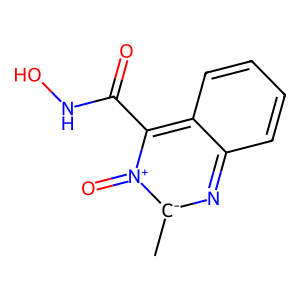
SMILES: C[c-]1nc2ccccc2c(C(=O)NO)[n+]1=O
Inhibits HIV replication: No